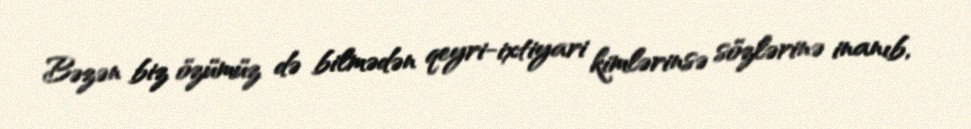
Bəzən biz özümüz də bilmədən qeyri-ixtiyari kimlərinsə sözlərinə inanıb,